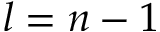
l = n - 1